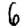
Digit: 6